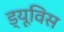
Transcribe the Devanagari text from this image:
ड्यूविस